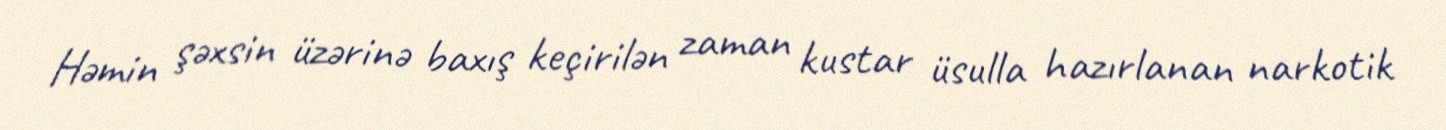
Həmin şəxsin üzərinə baxış keçirilən zaman kustar üsulla hazırlanan narkotik